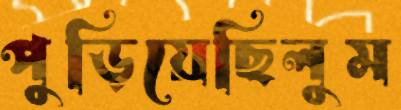
পুড়িয়েছিলুম